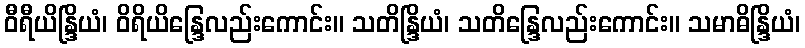
ဝီရီယိန္ဒြိယံ၊ ဝိရိယိန္ဒြေလည်းကောင်း။ သတိန္ဒြိယံ၊ သတိန္ဒြေလည်းကောင်း။ သမာဓိန္ဒြိယံ၊